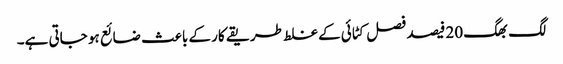
لگ بھگ 20 فیصد فصل کٹائی کے غلط طریقے کار کے باعث ضائع ہو جاتی ہے۔